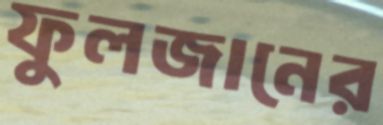
ফুলজানের